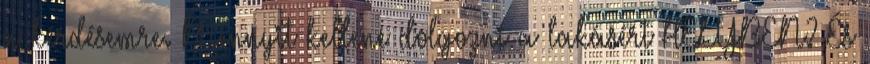
a kérdésemre. Mennyit kellene dolgozni a lakásért HELYBEN? És